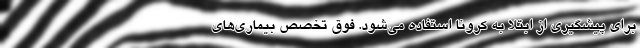
برای پیشگیری از ابتلا به کرونا استفاده می‌شود. فوق تخصص بیماری‌های